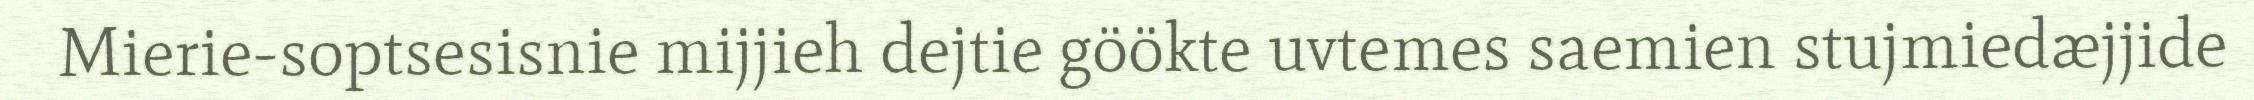
Mierie-soptsesisnie mijjieh dejtie göökte uvtemes saemien stujmiedæjjide